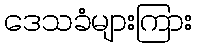
ဒေသခံများကြား